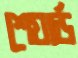
শেয়ার্ড